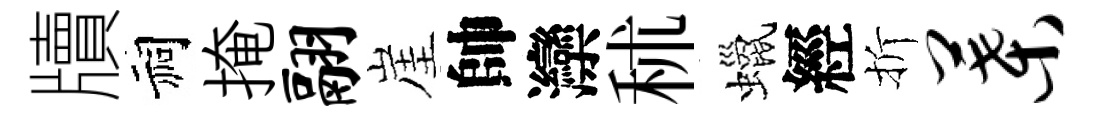
牘祠掩翮崖帥灤秫蠟經折叶